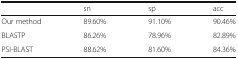
<table><thead><tr><td></td><td><b>sn</b></td><td><b>sp</b></td><td><b>acc</b></td></tr></thead><tbody><tr><td>Our method</td><td>89.60%</td><td>91.10%</td><td>90.46%</td></tr><tr><td>BLASTP</td><td>86.26%</td><td>78.96%</td><td>82.89%</td></tr><tr><td>PSI-BLAST</td><td>88.62%</td><td>81.60%</td><td>84.36%</td></tr></tbody></table>